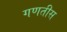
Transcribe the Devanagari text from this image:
गणतीस